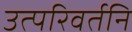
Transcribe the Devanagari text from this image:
उत्परिवर्तनि